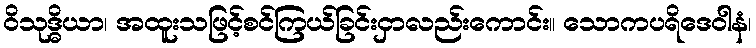
ဝိသုဒ္ဓိယာ၊ အထူးသဖြင့်စင်ကြယ်ခြင်းငှာလည်းကောင်း။ သောကပရိဒေဝါနံ၊